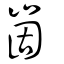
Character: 崮